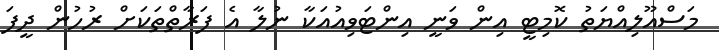
މަސްއޫލިއްޔަތު ކޮމިޓީ އިން ވަނީ އިންޓަވިއުއަކާ ނުލާ އެ ފަރާތްތަކަށް ރުހުން ދީފަ